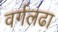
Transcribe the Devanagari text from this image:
वर्गलढा